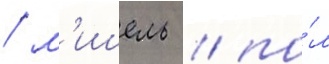
/ м'ишель / по́л